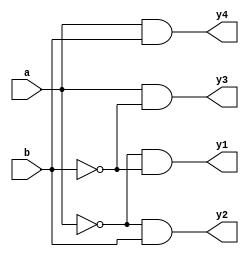
`timescale 1ns / 1ps
//////////////////////////////////////////////////////////////////////////////////
// Company: 
// Engineer: 
// 
// Design Name: 
// Module Name: Decoder
// Project Name: 
// Target Devices: 
// Tool Versions: 
// Description: 
// 
// Dependencies: 
// 
// Revision:
// Revision 0.01 - File Created
// Additional Comments:
// 
//////////////////////////////////////////////////////////////////////////////////
module Decoder(
    input a,b,
    output y1,y2,y3,y4
    );
    assign y1 = ~a&~b;
    assign y2 = ~a&b;
    assign y3 = a&~b;
    assign y4 = a&b;
    
endmodule